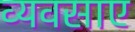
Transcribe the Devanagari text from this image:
व्यवसाए